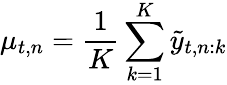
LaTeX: \mu_{t,n}=\frac{1}{K}\sum_{k=1}^{K}\tilde{y}_{t,n:k}